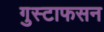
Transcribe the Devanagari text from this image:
गुस्टाफसन